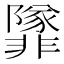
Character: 𩈁